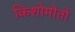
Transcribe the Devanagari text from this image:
किशोमोतो